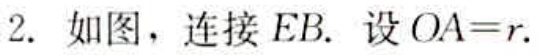
2. 如图，连接 \(EB\). 设 \(OA = r\).